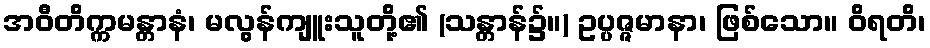
အဝီတိက္ကမန္တာနံ၊ မလွန်ကျူးသူတို့၏ (သန္တာန်၌။) ဥပ္ပဇ္ဇမာနာ၊ ဖြစ်သော။ ဝိရတိ၊